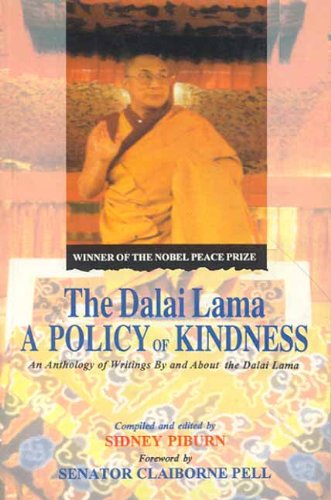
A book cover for The Dalai Lama: A Policy of Kindness; Sidney D. Piburn; Religion & Spirituality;